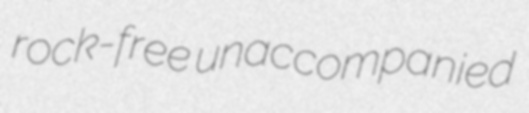
rock-free unaccompanied